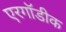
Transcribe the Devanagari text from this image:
एरगॉडीक